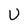
Character: U